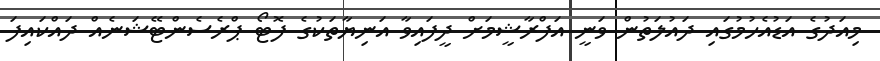
މިއަދުގެ އަޑުއެހުމުގައި ދައުލަތުން ވަނީ އަފްރާޝީމަށް ދީފައިވާ އަނިޔާތަކުގެ ފޮޓޯ ޕްރެސެންޓޭޝަނެއް ދައްކައިފަ